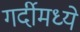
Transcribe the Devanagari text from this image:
गर्दीमध्ये